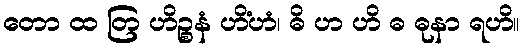
တော ထ တြ ဟိဉ္စနံ ဟိံဟံ၊ ဓိ ဟ ဟိ ဓ ဓုနာ ရဟိ။